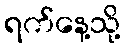
ရက်နေ့သို့